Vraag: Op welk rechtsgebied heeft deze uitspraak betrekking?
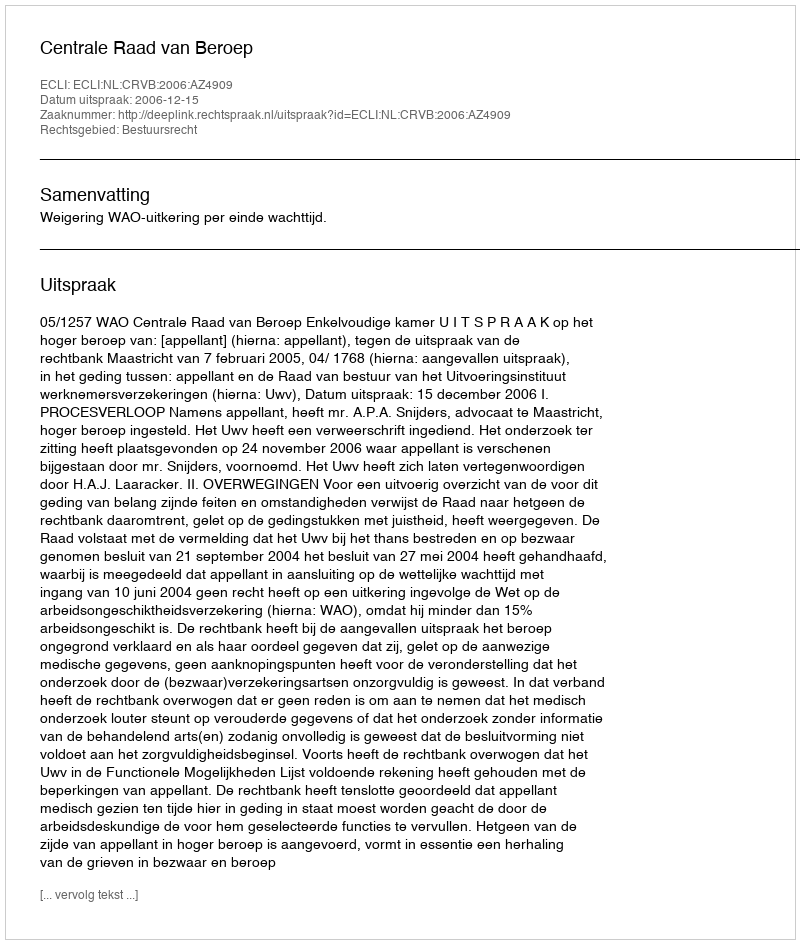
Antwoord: Bestuursrecht